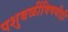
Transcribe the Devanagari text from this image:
पशुबळींविषयीही